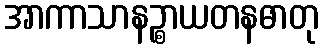
အာကာသာနဉ္စာယတနဓာတု